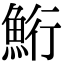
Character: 𫙚